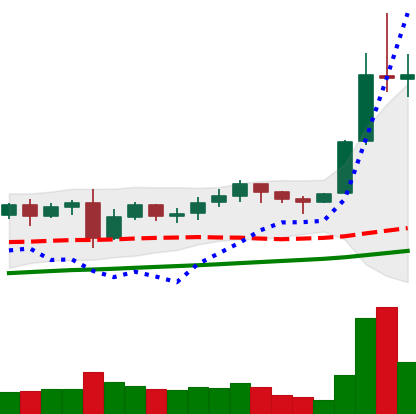
Ticker: LTC-USD
Chart end date: 2021-11-11
Forward return: -12.349%
Label: down_7plus